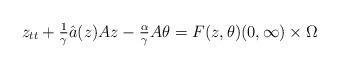
LaTeX: \begin{align*}z_{tt} + \tfrac{1}{\gamma} \hat{a}(z) A z - \tfrac{\alpha}{\gamma} A \theta = F(z, \theta) (0, \infty) \times \Omega\end{align*}